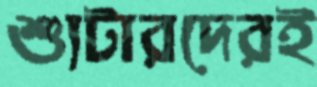
শ্যুটারদেরই